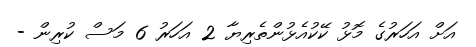
އަށް އަހަރުގެ މޮޅު ކޭކުއެޅުންތެރިޔާ 2 އަހަރު 6 މަސް ކުރިން -